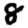
Digit: 8